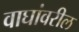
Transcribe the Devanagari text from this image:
वाघांवरील